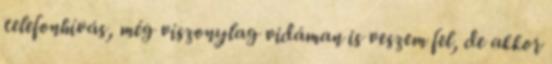
telefonhívás, még viszonylag vidáman is veszem fel, de akkor